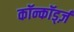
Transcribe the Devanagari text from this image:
कॉन्कॉर्ड्ज़